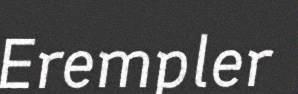
Erempler